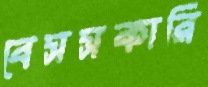
বেসসকারি